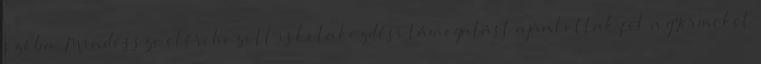
szóba. Mindössze előrehozott iskolakezdési támogatást ajánlottak fel a gyermeket